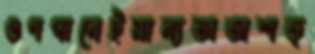
গুণগানেইমান্যতাঅশত্